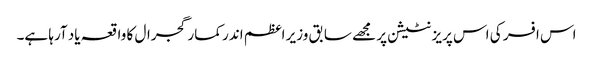
اس افسر کی اس پریزنٹیشن پر مجھے سابق وزیر اعظم اندر کمار گجرال کا واقعہ یاد آرہا ہے۔